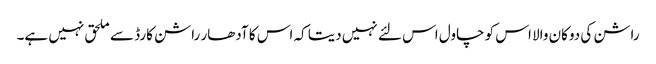
راشن کی دوکان والا اس کو چاول اس لئے نہیں دیتا کہ اس کا آدھار راشن کارڈ سے ملحق نہیں ہے۔